Civil Veterinary Department Bihar & Orissa reports 1922-29 - 1922-1929
Year: 1922
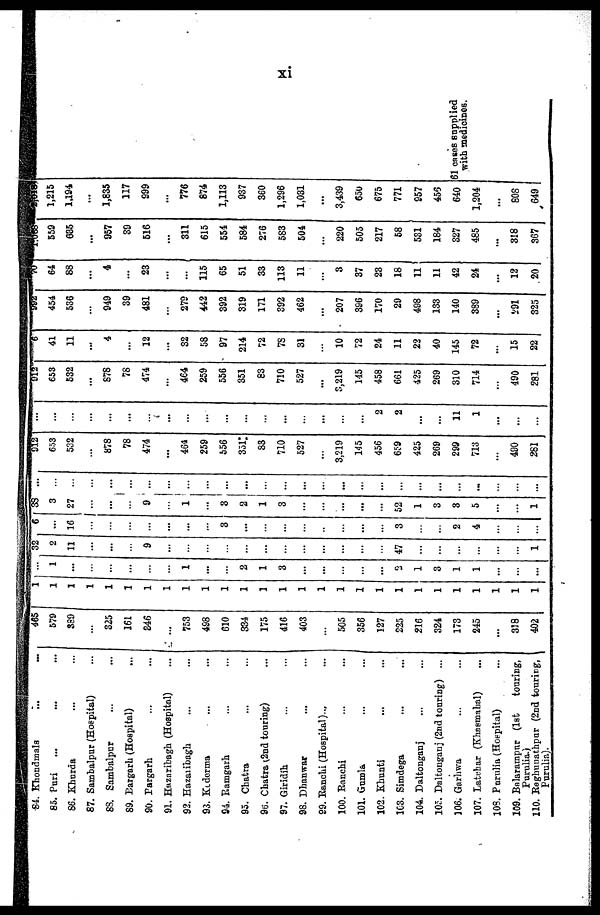
xi
84. Khondmals
... ...
85. Pari
86. Khurda
87. Sambalpur (Hospital)
8S. Sambalpur
89. Bargarh (Hospital)
90. Pargarh
91. Hazaribagh (Hospital)
92. Hazaribagh
93. Kederma
94. Ramgarh
95. Chatra
96. Chatra (2nd touring)
97. Giridih
98. Dhanwar
99. Ranchi (Hospital)...
100. Ranchi
101. Gumla
102. Khunti
1C3. Simdega
104. Daltonganj
105. Daltonganj (2nd touring) ...
106. Garhwa
107. Latehar (Khasmahal)
108. Purulia(Hospital)
109. Balarampur (1st
touring ,
Purulia.)
110. Raghunathpur (2nd touring ,
Purulia.)
465
579
3S9
325
161
846
...
753
498
610
33-1
175
416
403
505
356
127
225
216
324
173
245
...
318
402
1
1
.
1
...
1
...
...
..
1
...
2
1
3
...
...
...
3
1
3
1
1
...
32
2
11
...
9
...
...
47
1
6
...
16
3
...
...
...
3
2
4
:
33
3
27
9
...
1
...
3
2
...
...
...
...
...
...
...
...
1 ...
3
...
52
1
3
3
5
1
...
...
...
-
912
653
532
878
78
474
...
464
259
556
35l
83
710
527
3,219
145
456
659
425
269
299
713
...
490
281
...
...
...
...
2
2
...
...
11
1
...
...
912
653
532
...
878
78
474
464
259
556
351
83
710
527
...
9,219
145
458
661
425
269
310
714
490
281
6
41
11
...
4
12
...
32
58
97
214
72
7S
31
10
72
24
11
22
40
145
72
15
22
982
454
536
949
39
481
279
442
392
319
171
392
462
...
207
396
170
29
498
133
140
389
...
291
325
70
64
88
4
23
...
...
115
65
51
33
113
11
3
37
23
18
11
11
42
24
12
20
1,855
559
635
...
957
39
516
311
615
554
584
276
583
504
220
505
217
58
531
184
327
485
...
318
367
1,215
1.194
...
1,835
117
999
...
776
874
1,113
937
360
1,296
1,031
...
3,439
650
675
771
957
455
640
1,204
...
80S
649
61 cases supplied
with medicines.